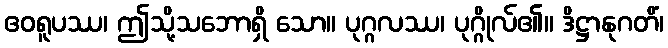
ဧဝရူပဿ၊ ဤသို့သဘောရှိ သော။ ပုဂ္ဂလဿ၊ ပုဂ္ဂိုလ်၏။ ဒိဋ္ဌာနုဂတိံ၊